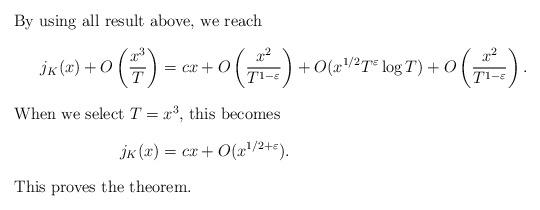
LaTeX: \begin{align*}\intertext{By using all result above, we reach}j_K(x)+O\left(\frac{x^3}{T}\right)&=cx+O\left(\frac{x^2}{T^{1-\varepsilon}}\right)+O(x^{1/2}T^{\varepsilon}\log T)+O\left(\frac{x^2}{T^{1-\varepsilon}}\right).\\\intertext{When we select $T=x^3$, this becomes}j_K(x)&=cx+O(x^{1/2+\varepsilon}).\intertext{This proves the theorem.}\end{align*}